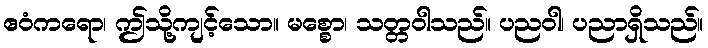
ဧဝံကရော၊ ဤသို့ကျင့်သော။ မစ္စော၊ သတ္တဝါသည်။ ပညဝါ၊ ပညာရှိသည်။